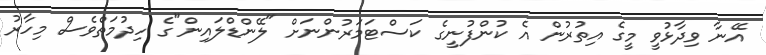
އޭނާ ވިދާޅުވީ މީގެ އިތުރުން އެ ކުންފުނީގެ ކަސްޓަމަރުންނަށް "ލޭންޑްލައިން"ގެ ހިދުމަތްވެސް މިހާރު